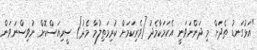
"އަޅުގަނޑު ތެދަށް މި ދަންނަވަނީ އެެކަމަކާމެދު [ވެރިކަމަށް ކުރިމަތިލުމާ މެދު] ސީރިއަސްކޮށް ނުވިސްނަވަން.